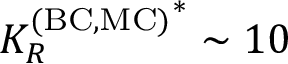
{ K _ { R } ^ { \mathrm { ( B C , M C ) } } } ^ { * } \sim 1 0